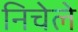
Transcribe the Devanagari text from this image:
निचेले